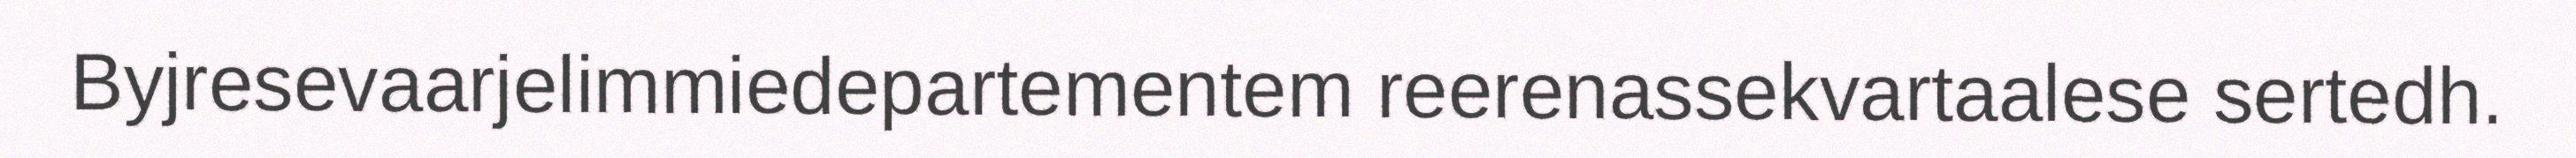
Byjresevaarjelimmiedepartementem reerenassekvartaalese sertedh.